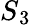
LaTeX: S{_3}